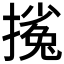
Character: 𱠴